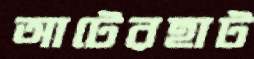
আটেরহাট